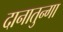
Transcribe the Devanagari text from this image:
दानातुन्गा